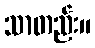
သာတည်း။